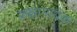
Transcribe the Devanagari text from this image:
कक्षानायक